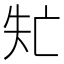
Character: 𠅐